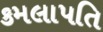
કમલાપતિ